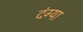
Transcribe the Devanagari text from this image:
दंग्या